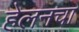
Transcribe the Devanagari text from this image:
हेलनचा